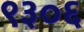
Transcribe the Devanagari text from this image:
९३०६